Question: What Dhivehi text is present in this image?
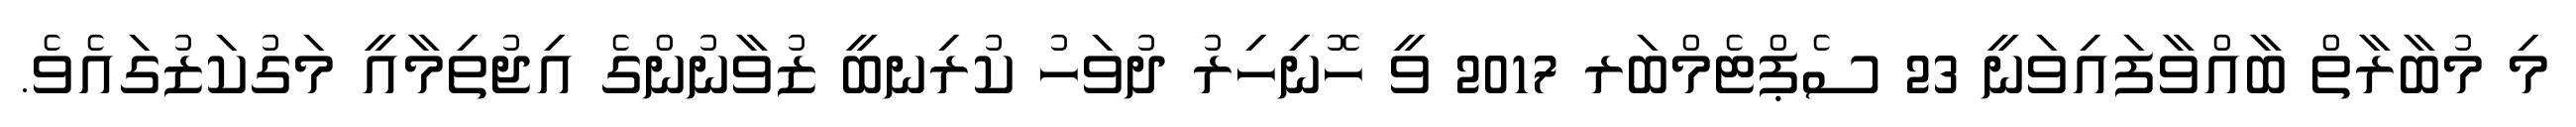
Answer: މި މުބާރާތް ބާއްވާފައިވަނީ 23 ސެޕްޓެމްބަރ 2017 ވީ ހޮނިހިރު ދުވަހު ކުރިނބީ ޒުވާނުންގެ އިޖުތިމާއީ މަގުކަޒުގައެވެ.